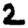
Digit: 2